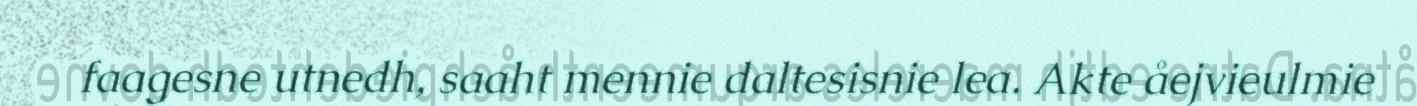
faagesne utnedh, saaht mennie daltesisnie lea. Akte åejvieulmie